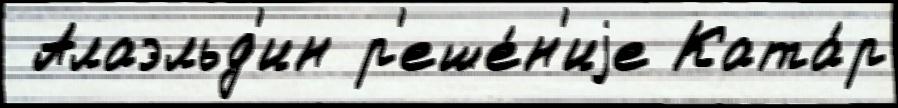
 Алаэльд'ин р'еше́н'иjе Ката́р